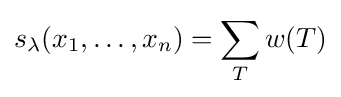
s_{\lambda }(x_{1},\ldots ,x_{n})=\sum _{T}w(T)